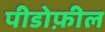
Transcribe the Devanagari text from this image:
पीडोफ़ील